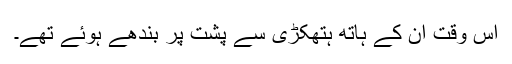
اس وقت ان کے ہاتھ ہتھکڑی سے پشت پر بندھے ہوئے تھے۔